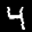
Label: 4